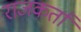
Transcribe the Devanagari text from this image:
राजकर्ता